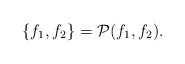
\begin{align*}\{f_{1},f_{2}\}={\cal P} (f_{1},f_{2}).\end{align*}